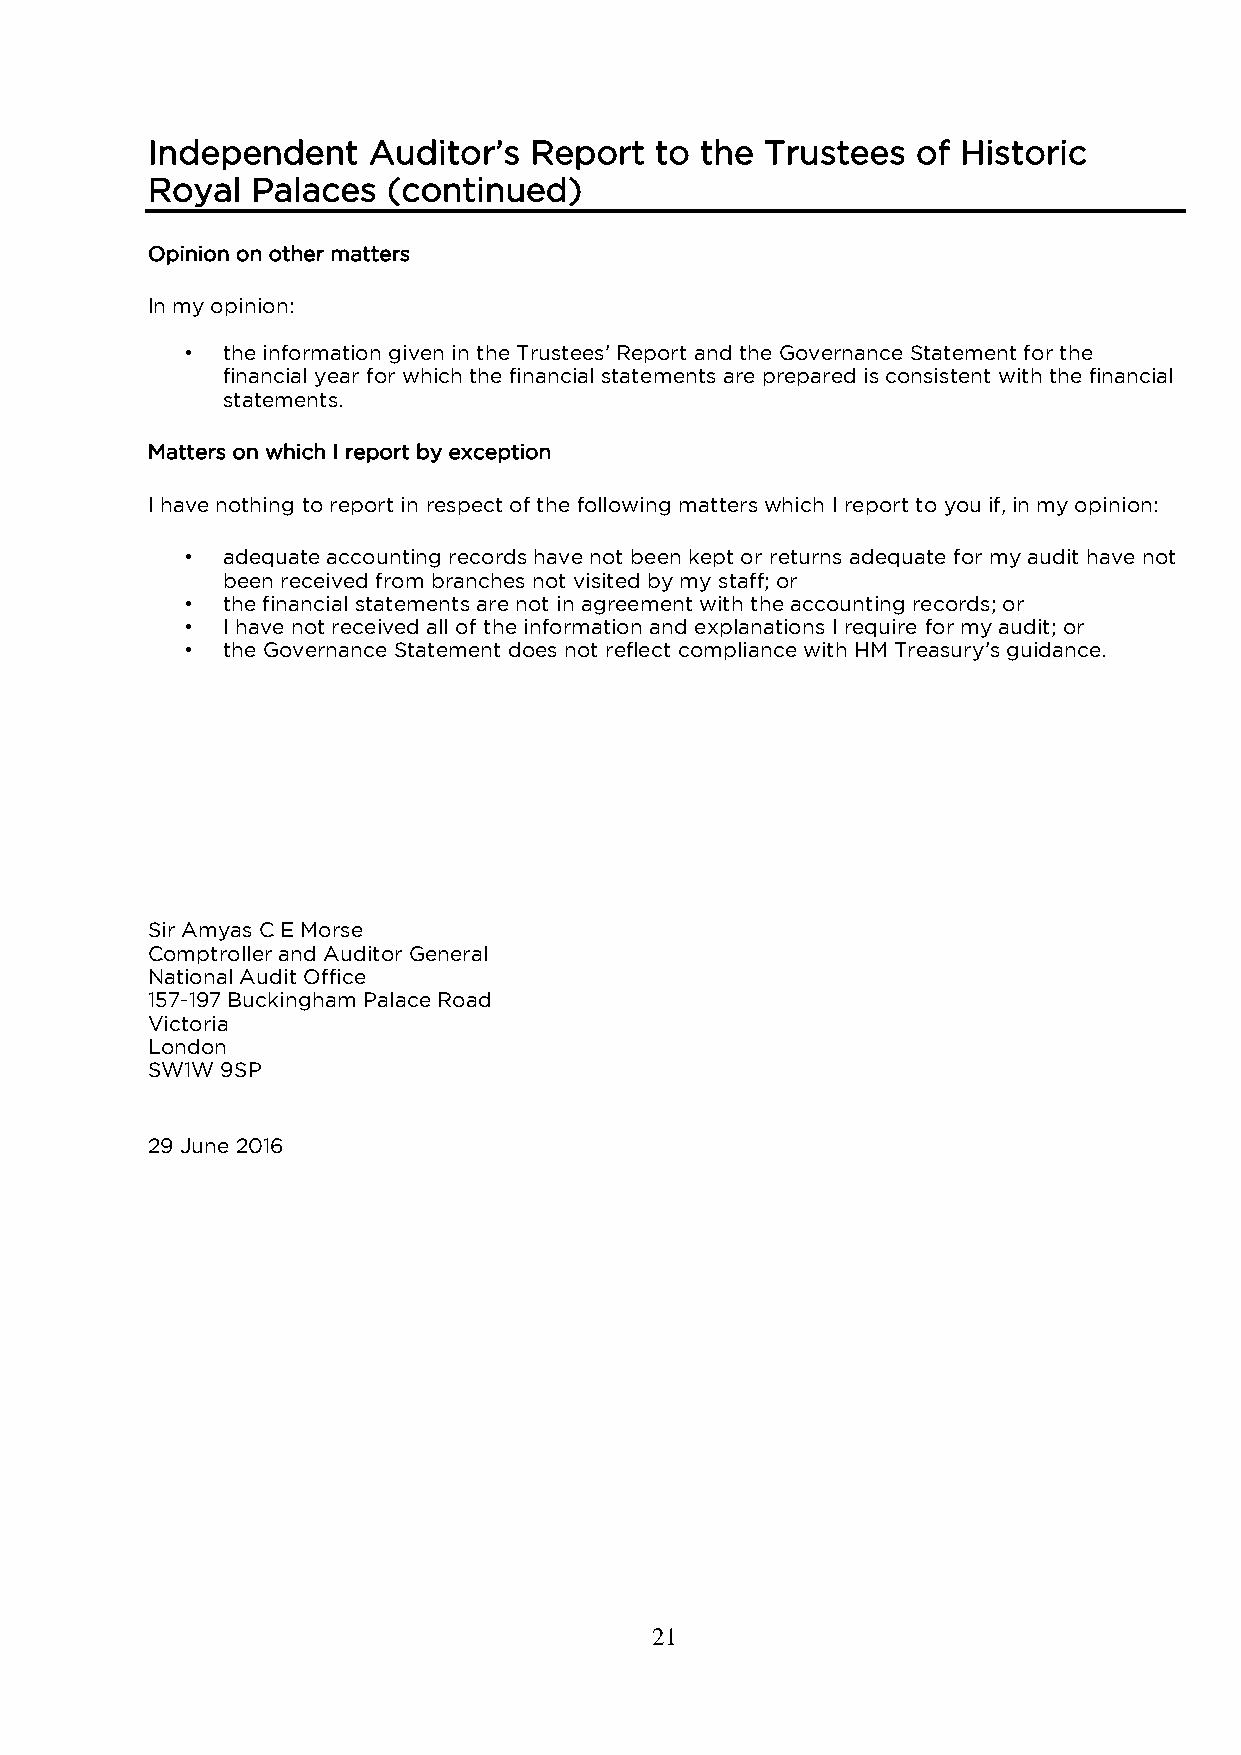
Independent   Auditor’s  Report  to the  Trustees  of Historic
 Royal  Palaces  (continued)
 Opinion on other matters
 In my opinion:
 •  the information given in the Trustees’ Report and the Governance Statement for the
 financial year for which the financial statements are prepared is consistent with the financial
 statements.
 Matters on which I report by exception
 I have nothing to report in respect of the following matters which I report to you if, in my opinion:
 •  adequate accounting records have not been kept or returns adequate for my audit have not
 been received from branches not visited by my staff; or
 •  the financial statements are not in agreement with the accounting records; or
 •  I have not received all of the information and explanations I require for my audit; or
 •  the Governance Statement does not reflect compliance with HM Treasury’s guidance.
 Sir Amyas C E Morse
 Comptroller and Auditor General
 National Audit Office
 157-197 Buckingham Palace Road
 Victoria
 London
 SW1W 9SP
 29 June 2016
 21